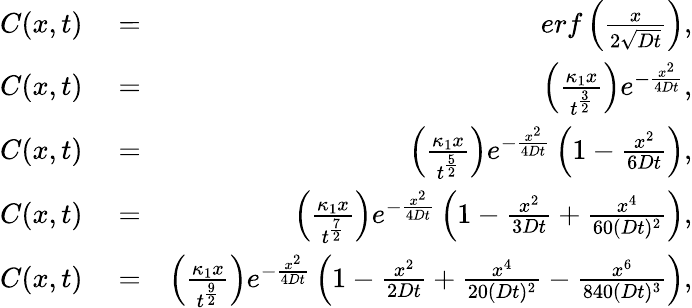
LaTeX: \begin{array}{rlr}{C(x,t)}&{{}=}&{erf\left({\frac{x}{2\sqrt{Dt}}}\right),}\\ {C(x,t)}&{{}=}&{\left(\frac{\kappa_{1}x}{t^{\frac{3}{2}}}\right)e^{-\frac{x^{2}}{4Dt}},}\\ {C(x,t)}&{{}=}&{\left(\frac{\kappa_{1}x}{t^{\frac{5}{2}}}\right)e^{-\frac{x^{2}}{4Dt}}\left(1-\frac{x^{2}}{6Dt}\right),}\\ {C(x,t)}&{{}=}&{\left(\frac{\kappa_{1}x}{t^{\frac{7}{2}}}\right)e^{-\frac{x^{2}}{4Dt}}\left(1-\frac{x^{2}}{3Dt}+\frac{x^{4}}{60(Dt)^{2}}\right),}\\ {C(x,t)}&{{}=}&{\left(\frac{\kappa_{1}x}{t^{\frac{9}{2}}}\right)e^{-\frac{x^{2}}{4Dt}}\left(1-\frac{x^{2}}{2Dt}+\frac{x^{4}}{20(Dt)^{2}}-\frac{x^{6}}{840(Dt)^{3}}\right),}\end{array}